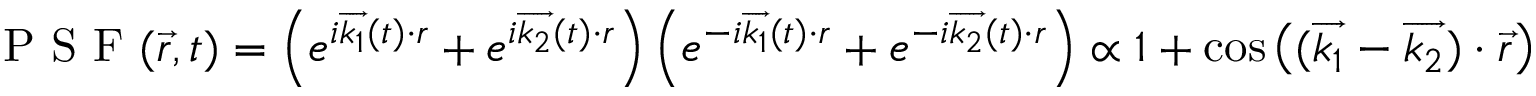
\textrm { P S F } ( \overrightarrow { r } , t ) = \left( e ^ { i \overrightarrow { k _ { 1 } } ( t ) \cdot r } + e ^ { i \overrightarrow { k _ { 2 } } ( t ) \cdot r } \right) \left( e ^ { - i \overrightarrow { k _ { 1 } } ( t ) \cdot r } + e ^ { - i \overrightarrow { k _ { 2 } } ( t ) \cdot r } \right) \propto 1 + \cos \left( ( \overrightarrow { k _ { 1 } } - \overrightarrow { k _ { 2 } } ) \cdot \overrightarrow { r } \right)